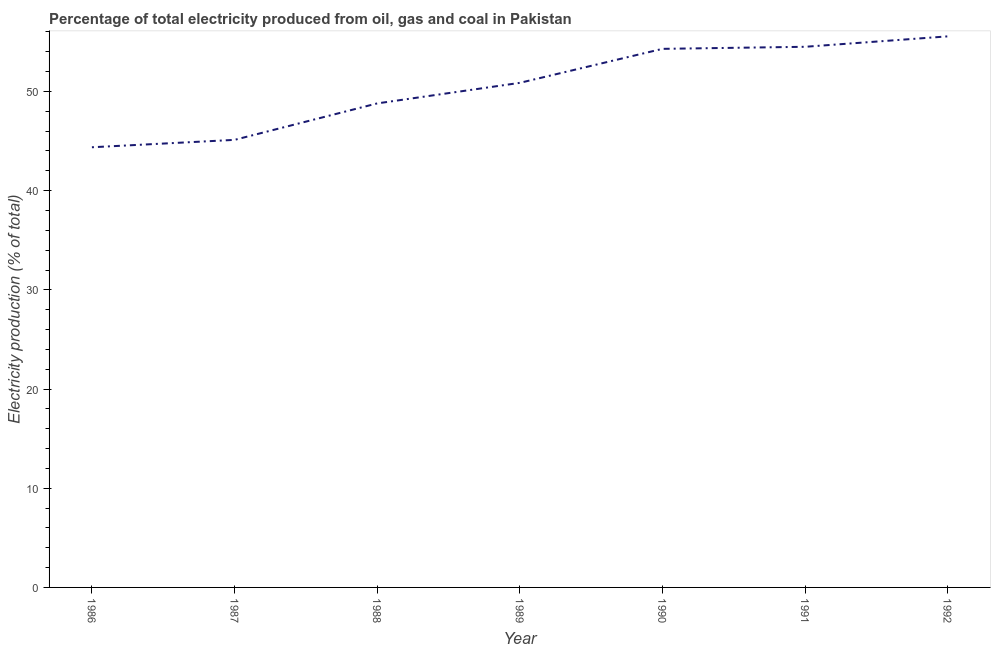
| Year | Electricity production |
 | --- | --- |
 | 1986 | 44.4 |
 | 1987 | 45.1 |
 | 1988 | 48.8 |
 | 1989 | 50.9 |
 | 1990 | 54.3 |
 | 1991 | 54.5 |
 | 1992 | 55.6 |